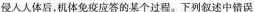
侵人人体后，机体免疫应答的某个过程。下列叙述中错误